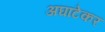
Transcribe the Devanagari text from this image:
अघाटेकर